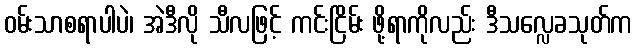
ဝမ်းသာစရာပါပဲ၊ အဲဒီလို သီလဖြင့် ကင်းငြိမ်း ဖို့ရာကိုလည်း ဒီသလ္လေခသုတ်က